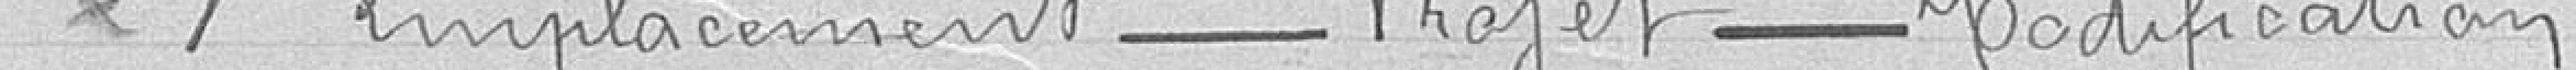
Emplacement - Projet - Modification